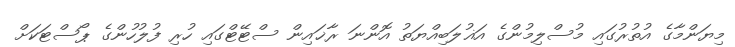
މިޔަންމާގެ އުތުރުގައި މުސްލިމުންގެ އަޣުލަބިއްޔަތު އޮންނަ ރާޚައިން ސްޓޭޓްގައި ހުރި ފުލުހުންގެ ޕޯސްޓަކަށް